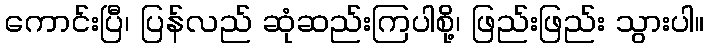
ကောင်းပြီ၊ ပြန်လည် ဆုံဆည်းကြပါစို့၊ ဖြည်းဖြည်း သွားပါ။